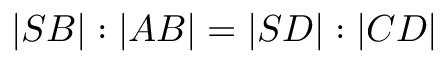
| S B | : | A B | = | S D | : | C D |